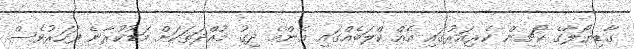
ގާޑިޔޯލާގެ ކޯޗިން ކެރިއަރުގައި އެއް ކްލަބެއްގައި އެންމެ ދިގު މުއްދަތަކަށް މަޑުކުރާނެ ފަހަރުވެސް